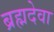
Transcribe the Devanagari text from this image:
ब्रह्मदेवा